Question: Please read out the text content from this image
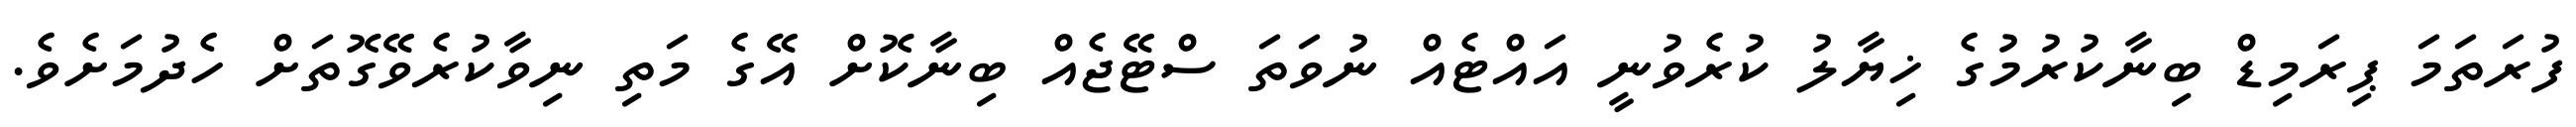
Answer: ފުރަތަމަ ޕިރަމިޑް ބިނާކުރުމުގެ ޚިޔާލު ކުރެވުނީ އައްޓެއް ނުވަތަ ސްޓޭޖެއް ބިނާކޮށް އޭގެ މަތި ނިވާކުރެވޭގޮތަށް ހެދުމަށެވެ.